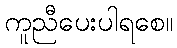
ကူညီပေးပါရစေ။